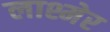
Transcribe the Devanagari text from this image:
लाश्मेर